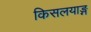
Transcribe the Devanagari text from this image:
किसलयाङ्ग